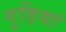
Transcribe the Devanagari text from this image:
गुड़ियां